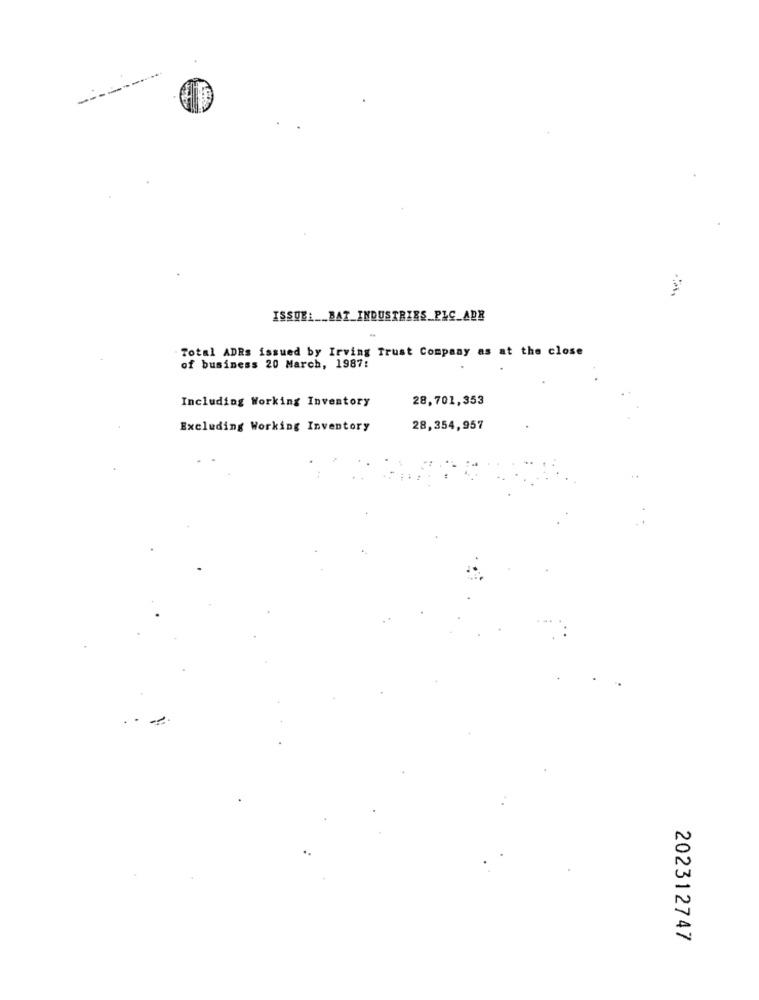
ISSUEL __ BAT_INDUSTRIES_PLC_ADR
Total ADRs issued by Irving Trust Company as at the close
of business 20 March, 1987:
Including Working Inventory
28,701,353
Excluding Working Inventory
28,354,957
202312747